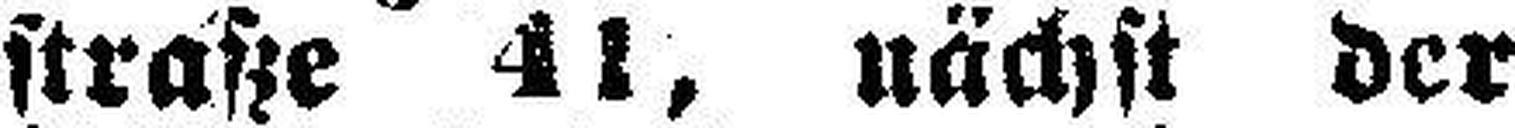
straße 41, nächst der